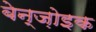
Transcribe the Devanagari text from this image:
बेन्ज़ोइक